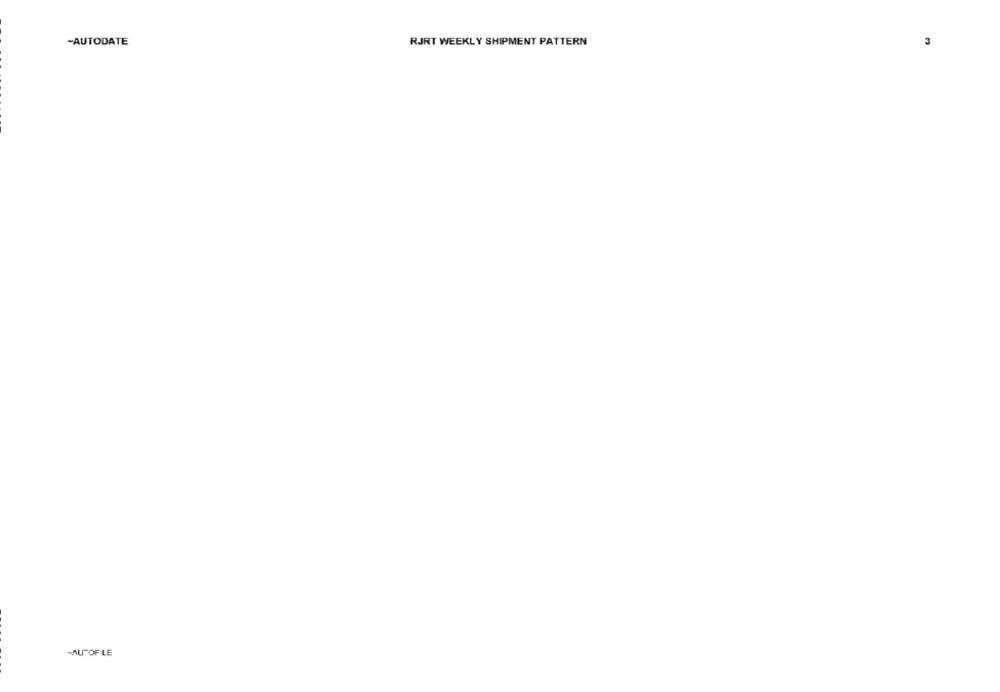
-AUTODATE
RJRT WEEKLY SHIPMENT PATTERN
MUITOFILE